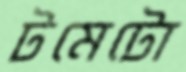
টমেটো